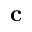
{ \bf c }